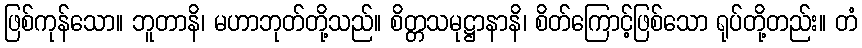
ဖြစ်ကုန်သော။ ဘူတာနိ၊ မဟာဘုတ်တို့သည်။ စိတ္တသမုဋ္ဌာနာနိ၊ စိတ်ကြောင့်ဖြစ်သော ရုပ်တို့တည်း။ တံ